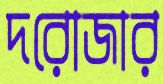
দরোজার